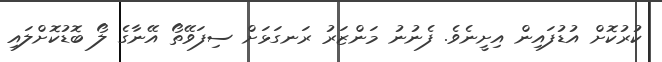
ކުރުކޮށް އުޑުފައިން އިށީނެވެ. ފެނުނު މަންޒަރު ރަނގަޅަށް ސިފަވޭތޯ އޭނާގެ ލޯ ބޮޑުކޮށްލައި